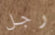
رجل